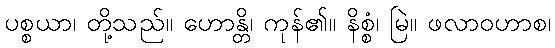
ပစ္စယာ၊ တို့သည်။ ဟောန္တိ၊ ကုန်၏။ နိစ္စံ၊ မြဲ။ ဖလာဝဟာစ၊